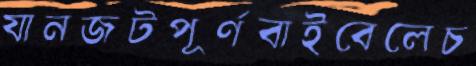
যানজটপূর্ণবাইবেলেচ